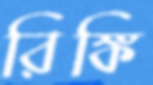
রিঙ্কি